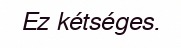
Ez kétséges.